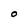
Character: O